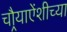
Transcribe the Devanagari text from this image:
चौर्‍याऐंशीच्या